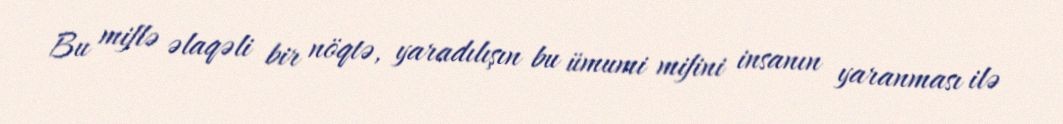
Bu miflə əlaqəli bir nöqtə, yaradılışın bu ümumi mifini insanın yaranması ilə